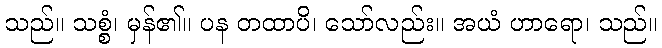
သည်။ သစ္စံ၊ မှန်၏။ ပန တထာပိ၊ သော်လည်း။ အယံ ဟာရော၊ သည်။